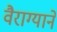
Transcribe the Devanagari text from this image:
वैराग्याने